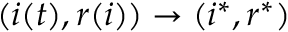
( i ( t ) , r ( i ) ) \to ( i ^ { * } , r ^ { * } )